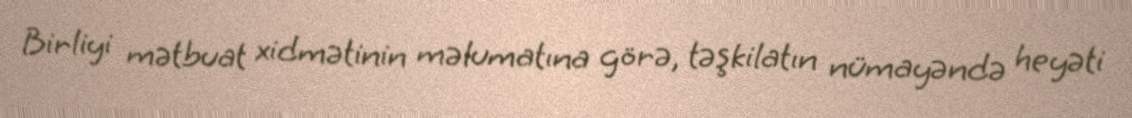
Birliyi mətbuat xidmətinin məlumatına görə, təşkilatın nümayəndə heyəti